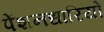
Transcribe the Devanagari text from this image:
पेंशनधारियों